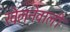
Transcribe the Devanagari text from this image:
खेलनेवाली